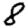
Digit: 8